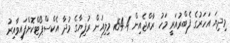
މިދިޔަ އަހަރުގެ ފެބްރުއަރީ މަހު ރާއްޖެއިން 154.4 މިލިއަން ރުފިޔާގެ މުދާ އެކްސްޕޯޓްކޮށްފައިވާއިރު